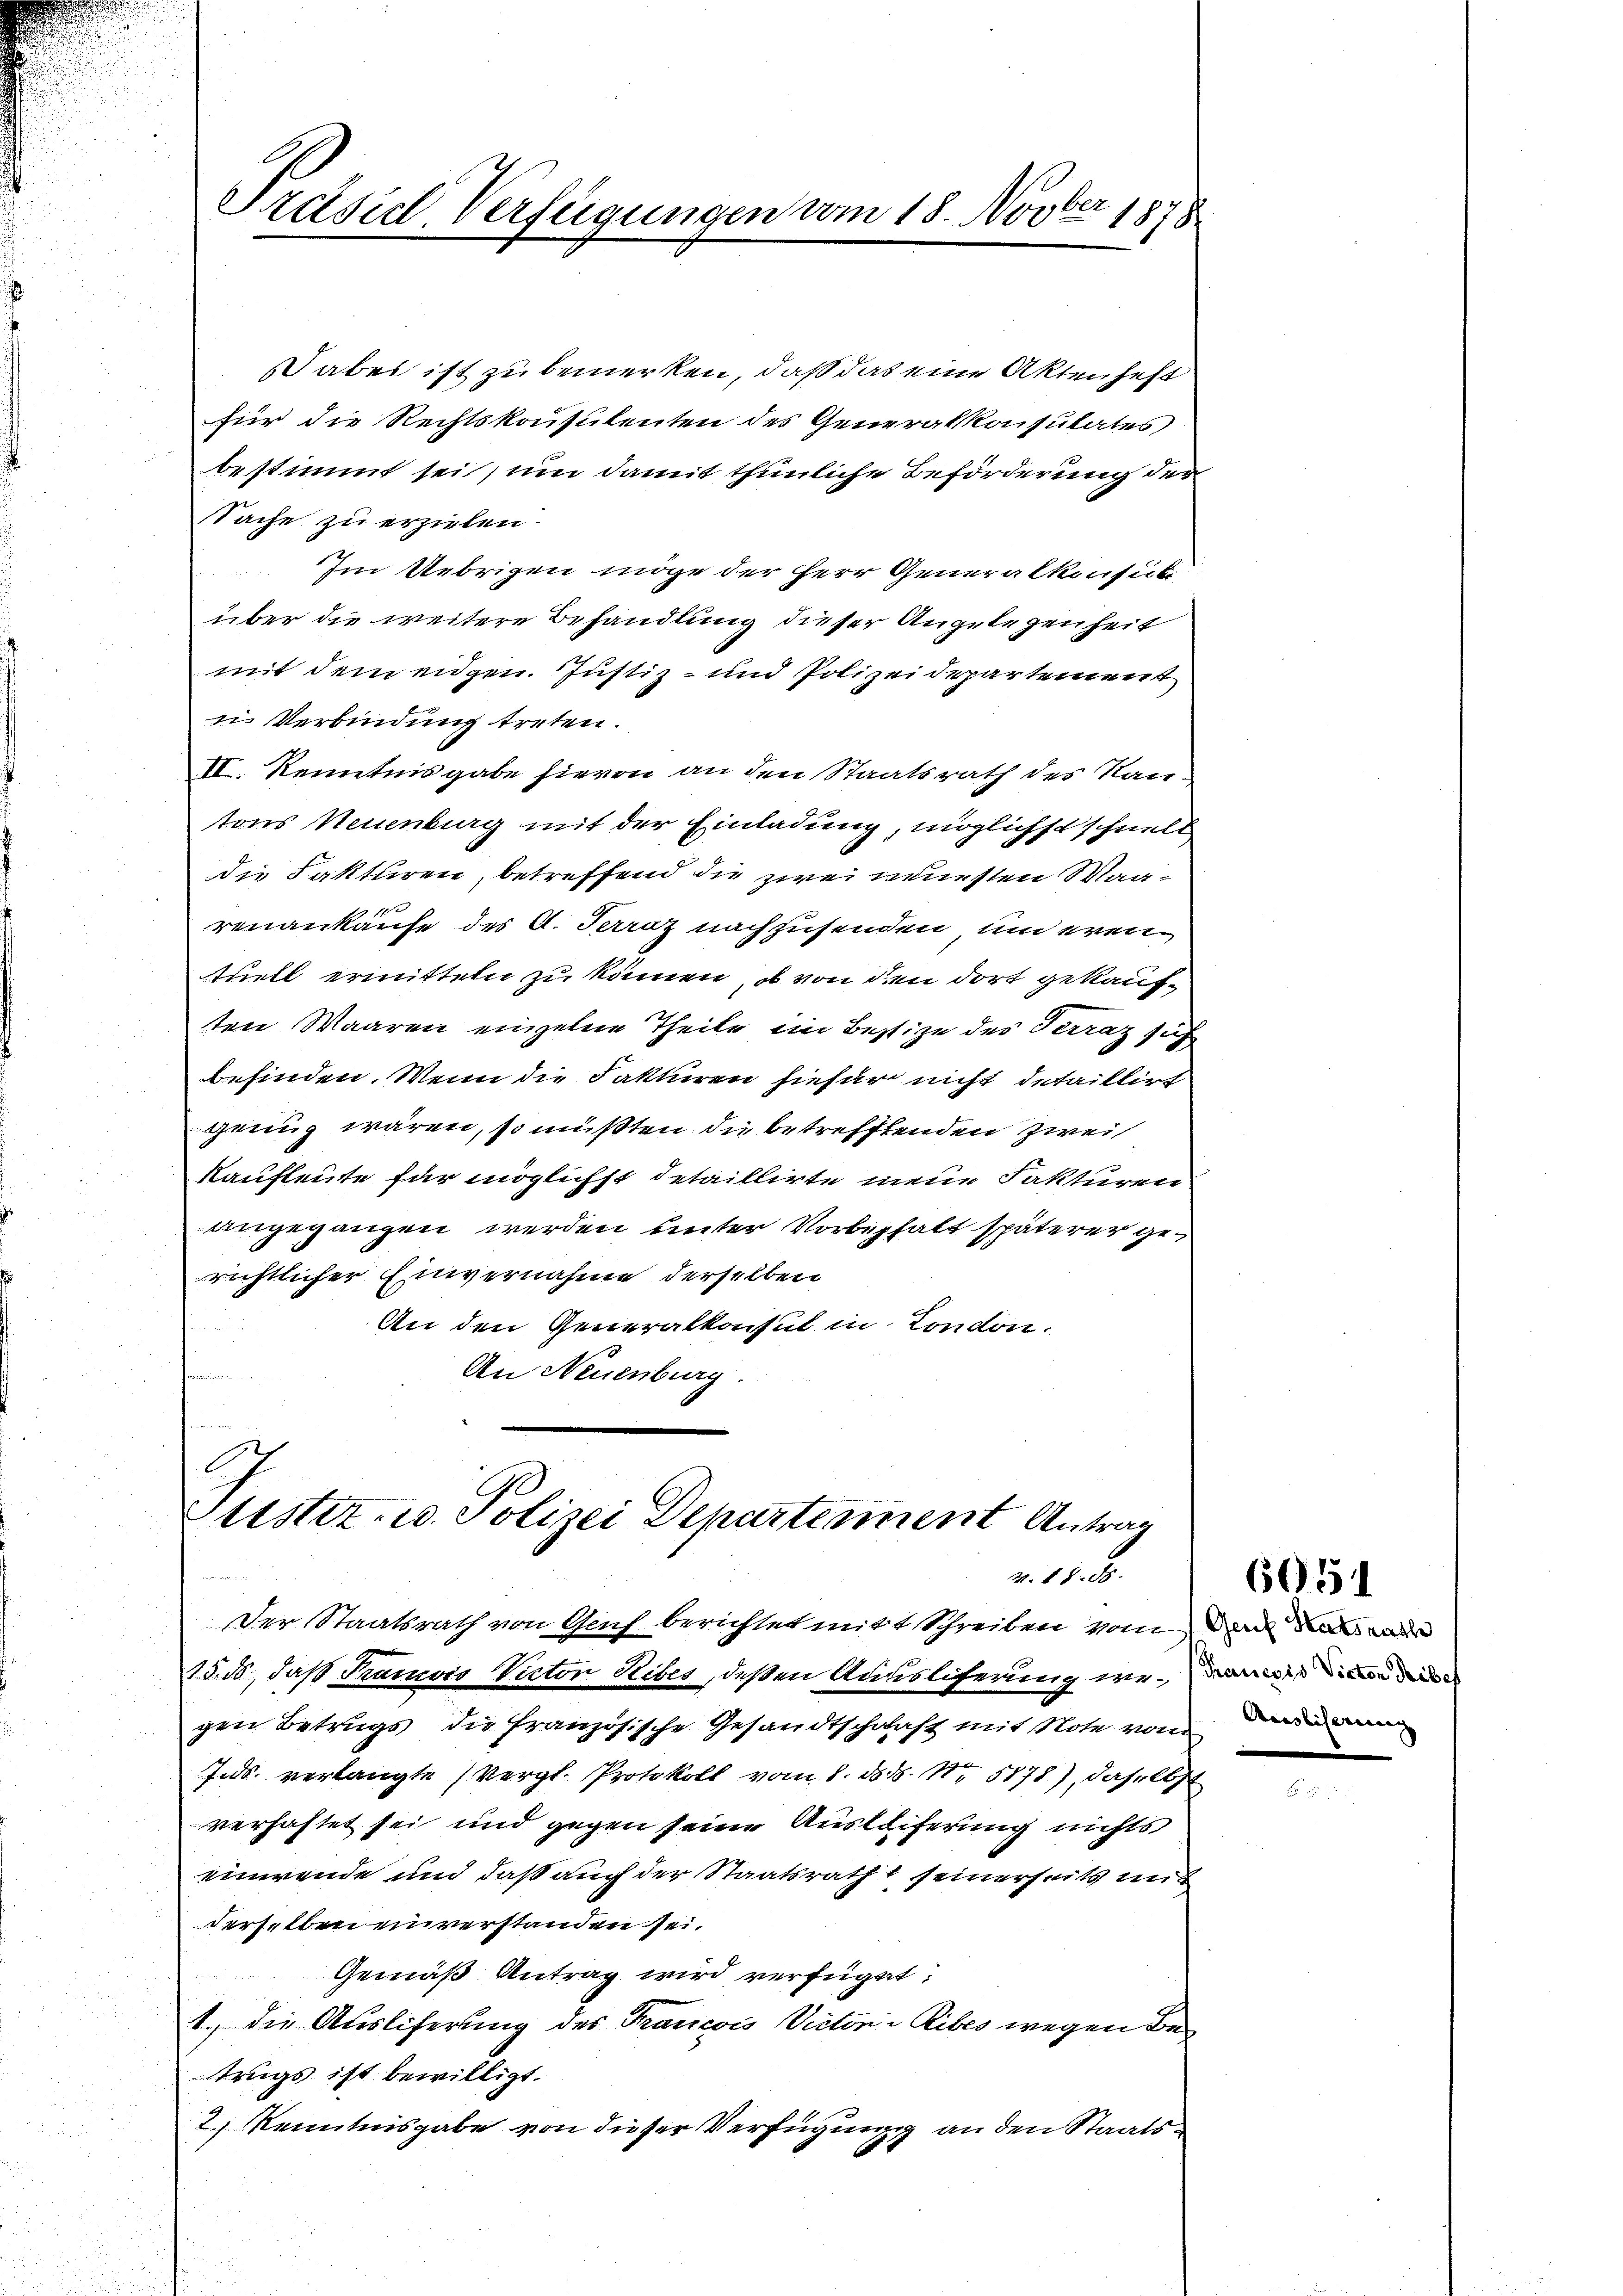
Präsich Verfügungen vom 18. Novber 1878

aber ist zu bemerken, daß das eine Aktenheft
für die Rechtskonsulenten des Generalkonsulates
bestimmt sei, um damit thunliche Beförderung der
Sache zu erziehen.
Im Uebrigen möge der Herr Generalkonsul
über die weitere Behandlung dieser Angelegenheit
mit dem eidgen. Justiz- und Polizeidepartement
 Verbindung treten.
II. Kenntnisgabe hievon an den Staatsrath des Nan-
tons Neuenburg mit der Einladung, möglichst schnell
die Fakturen, betreffend die zwei neuesten Waa¬
 1100
renankaufe des A. Ferraz nachzusenden und even
tuell ermitteln zu können, ob von den dort gekauften Waaren einzelne Theile im Bestige des Terrat sich
befinden. Wenn die Fakturen hiefür nicht detaillirt
genug wären, so müßten die betreffenden Zweif
Kaufleute für möglichst detaillirte mein Fakturen
angegangen werden unter Vorbehaft späterer gerichtlicher Einvernahme derselben
An den Generalkonsul in London.
An Neuenburg.

Justiz- u. Polizei Departement Antrag
v. 1820.

Der Staatsrath von Genf berichtet mitt Schreiben vom an de
15. 50, daß Tramois Victor Reiber, deßen Ausslicherung wegen Betrugs die französische Gesandtschaft mit Note von in
Jids verlangte (Vergl. Protokoll vom 8. ds. S. Nr. 5178), daselbst
verhaftet sei und gegen seine Auslieferung nichts
einende und daß auch der Staatsrath seinerseits mit
derselben einverstanden sei.
Gemäß Antrag wird verfügt:
1., die Ausliferung des Taricois Victor Ribes wegen Betrugs ist bewilligt.
2.) Kenntnisgabe von dieser Verfügung an den Staats¬

605

i